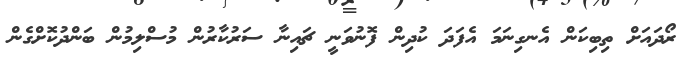
ރޯދައަށް ތިބިކަން އެނގިނަމަ އެފަދަ ކުދިން ފޮނުވަނީ ޗައިނާ ސަރުކާރުން މުސްލިމުން ބަންދުކޮށްގެން